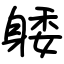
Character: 躷